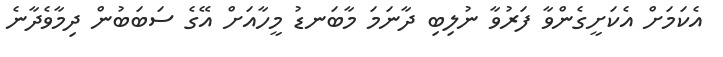
އެކަމަށް އެކަށީގެންވާ ފަރުވާ ނުލިބި ދާނަމަ މާބަނޑު މީހާއަށް އޭގެ ސަބަބުން ދިމާވެދާނެ